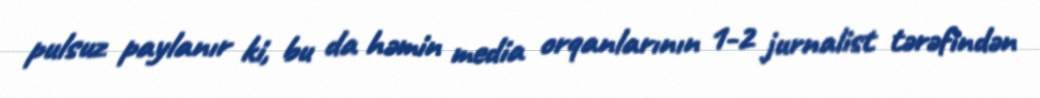
pulsuz paylanır ki, bu da həmin media orqanlarının 1-2 jurnalist tərəfindən